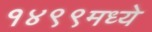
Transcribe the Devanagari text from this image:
१४९९मध्ये